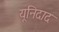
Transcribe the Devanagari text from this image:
यूनिदाद